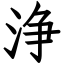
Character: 浄